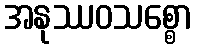
အနုဿဝသစ္စော